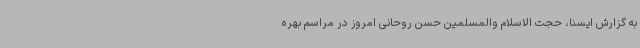
به گزارش ایسنا، حجت الاسلام والمسلمین حسن روحانی امروز در مراسم بهره